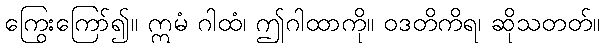
ကြွေးကြော်၍။ ဣမံ ဂါထံ၊ ဤဂါထာကို။ ဝဒတိကိရ၊ ဆိုသတတ်။